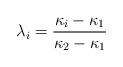
LaTeX: \begin{align*}\lambda_i = \frac{\kappa_i - \kappa_1}{\kappa_2 - \kappa_1}\end{align*}